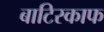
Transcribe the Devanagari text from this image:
बाटिस्काफ